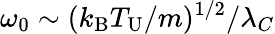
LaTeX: \omega_{0}\sim(k_{\mathrm{B}}T_{\mathrm{U}}/m)^{1/2}/\lambda_{C}